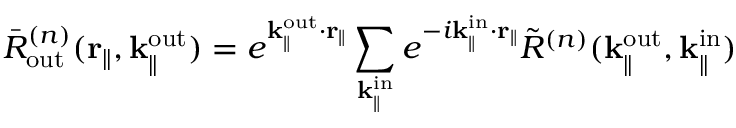
\bar { R } _ { \mathrm { o u t } } ^ { ( n ) } ( \mathbf { r } _ { \parallel } , \mathbf { k } _ { \parallel } ^ { \mathrm { o u t } } ) = e ^ { \mathbf { k } _ { \parallel } ^ { \mathrm { o u t } } \cdot \mathbf { r } _ { \parallel } } \sum _ { \mathbf { k } _ { \parallel } ^ { \mathrm { i n } } } e ^ { - i \mathbf { k } _ { \parallel } ^ { \mathrm { i n } } \cdot \mathbf { r } _ { \parallel } } \Tilde { R } ^ { ( n ) } ( { \mathbf { k } _ { \parallel } ^ { \mathrm { o u t } } } , \mathbf { k } _ { \parallel } ^ { \mathrm { i n } } )